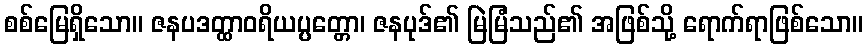
စစ်မြေရှိသော။ ဇနပဒတ္ထာဝရိယပ္ပတ္တော၊ ဇနပုဒ်၏ မြဲမြံသည်၏ အဖြစ်သို့ ရောက်ရာဖြစ်သော။